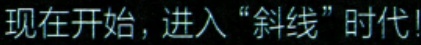
现在开始，进入“斜线”时代!